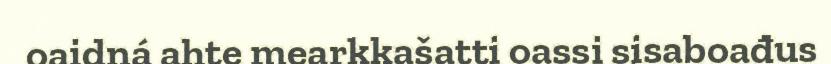
oaidná ahte mearkkašatti oassi sisaboađus